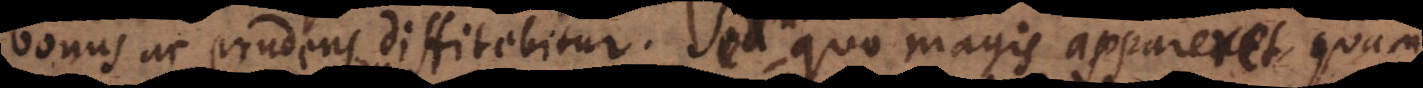
bonus ac prudens diffitebitur. Veruntamen quo magis appareret, quam